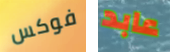
فوكس عابد